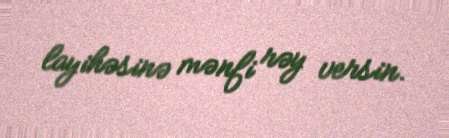
layihəsinə mənfi rəy versin.